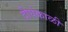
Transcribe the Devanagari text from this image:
दीर्घकाळी